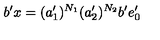
b ^ { \prime } x = ( a _ { 1 } ^ { \prime } ) ^ { N _ { 1 } } ( a _ { 2 } ^ { \prime } ) ^ { N _ { 2 } } b ^ { \prime } e _ { 0 } ^ { \prime }